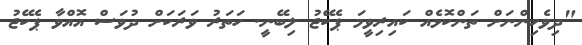
"ދިވެހިންނަށް ތަންކޮޅެއް ކައިރިވީމަ ޕެކޭޖު ލިބޭނީ. ހަތަރު ވަރަކަށް ދުވަސް އޮއްވާ ޕެކޭޖު